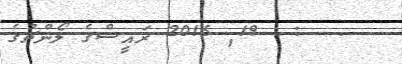
- .  :  19